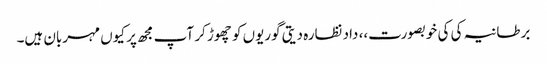
برطانیہ کی کی خوبصورت،، داد نظارہ دیتی گوریوں کو چھوڑ کر آپ مجھ پر کیوں مہربان ہیں۔